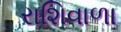
રાશિવાળા